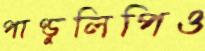
পাণ্ডুলিপিও